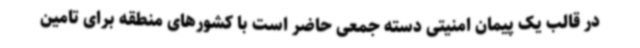
در قالب یک پیمان امنیتی دسته جمعی حاضر است با کشورهای منطقه برای تامین